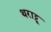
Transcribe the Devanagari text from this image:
थराट्टू